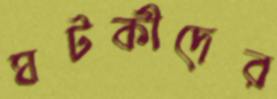
ঘটকীদের